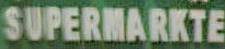
SUPERMARKTE